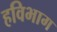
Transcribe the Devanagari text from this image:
हविभाग